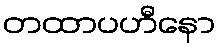
တထာပဟီနော